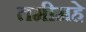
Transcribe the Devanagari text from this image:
तमीमहे